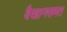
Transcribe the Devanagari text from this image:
वैखानसमत